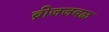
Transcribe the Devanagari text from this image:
ब्रीजजवळ